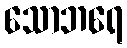
သောဘရေ